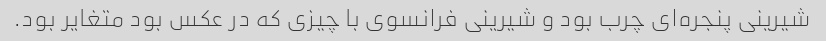
شیرینی پنجره‌ای چرب بود و شیرینی فرانسوی با چیزی که در عکس بود متغایر بود.